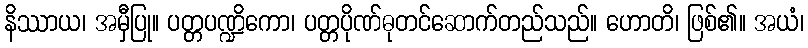
နိဿာယ၊ အမှီပြု။ ပတ္တပဏ္ဍိကော၊ ပတ္တပိုဏ်ဓုတင်ဆောက်တည်သည်။ ဟောတိ၊ ဖြစ်၏။ အယံ၊